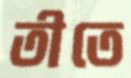
তীতে